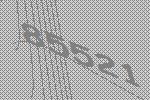
85521